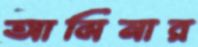
আমিনার